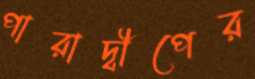
পারাদ্বীপের